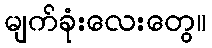
မျက်ခုံးလေးတွေ။